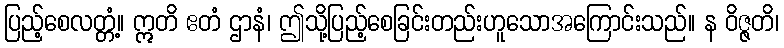
ပြည့်စေလတ္တံ့။ ဣတိ ဧတံ ဌာနံ၊ ဤသို့ပြည့်စေခြင်းတည်းဟူသောအကြောင်းသည်။ န ဝိဇ္ဇတိ၊